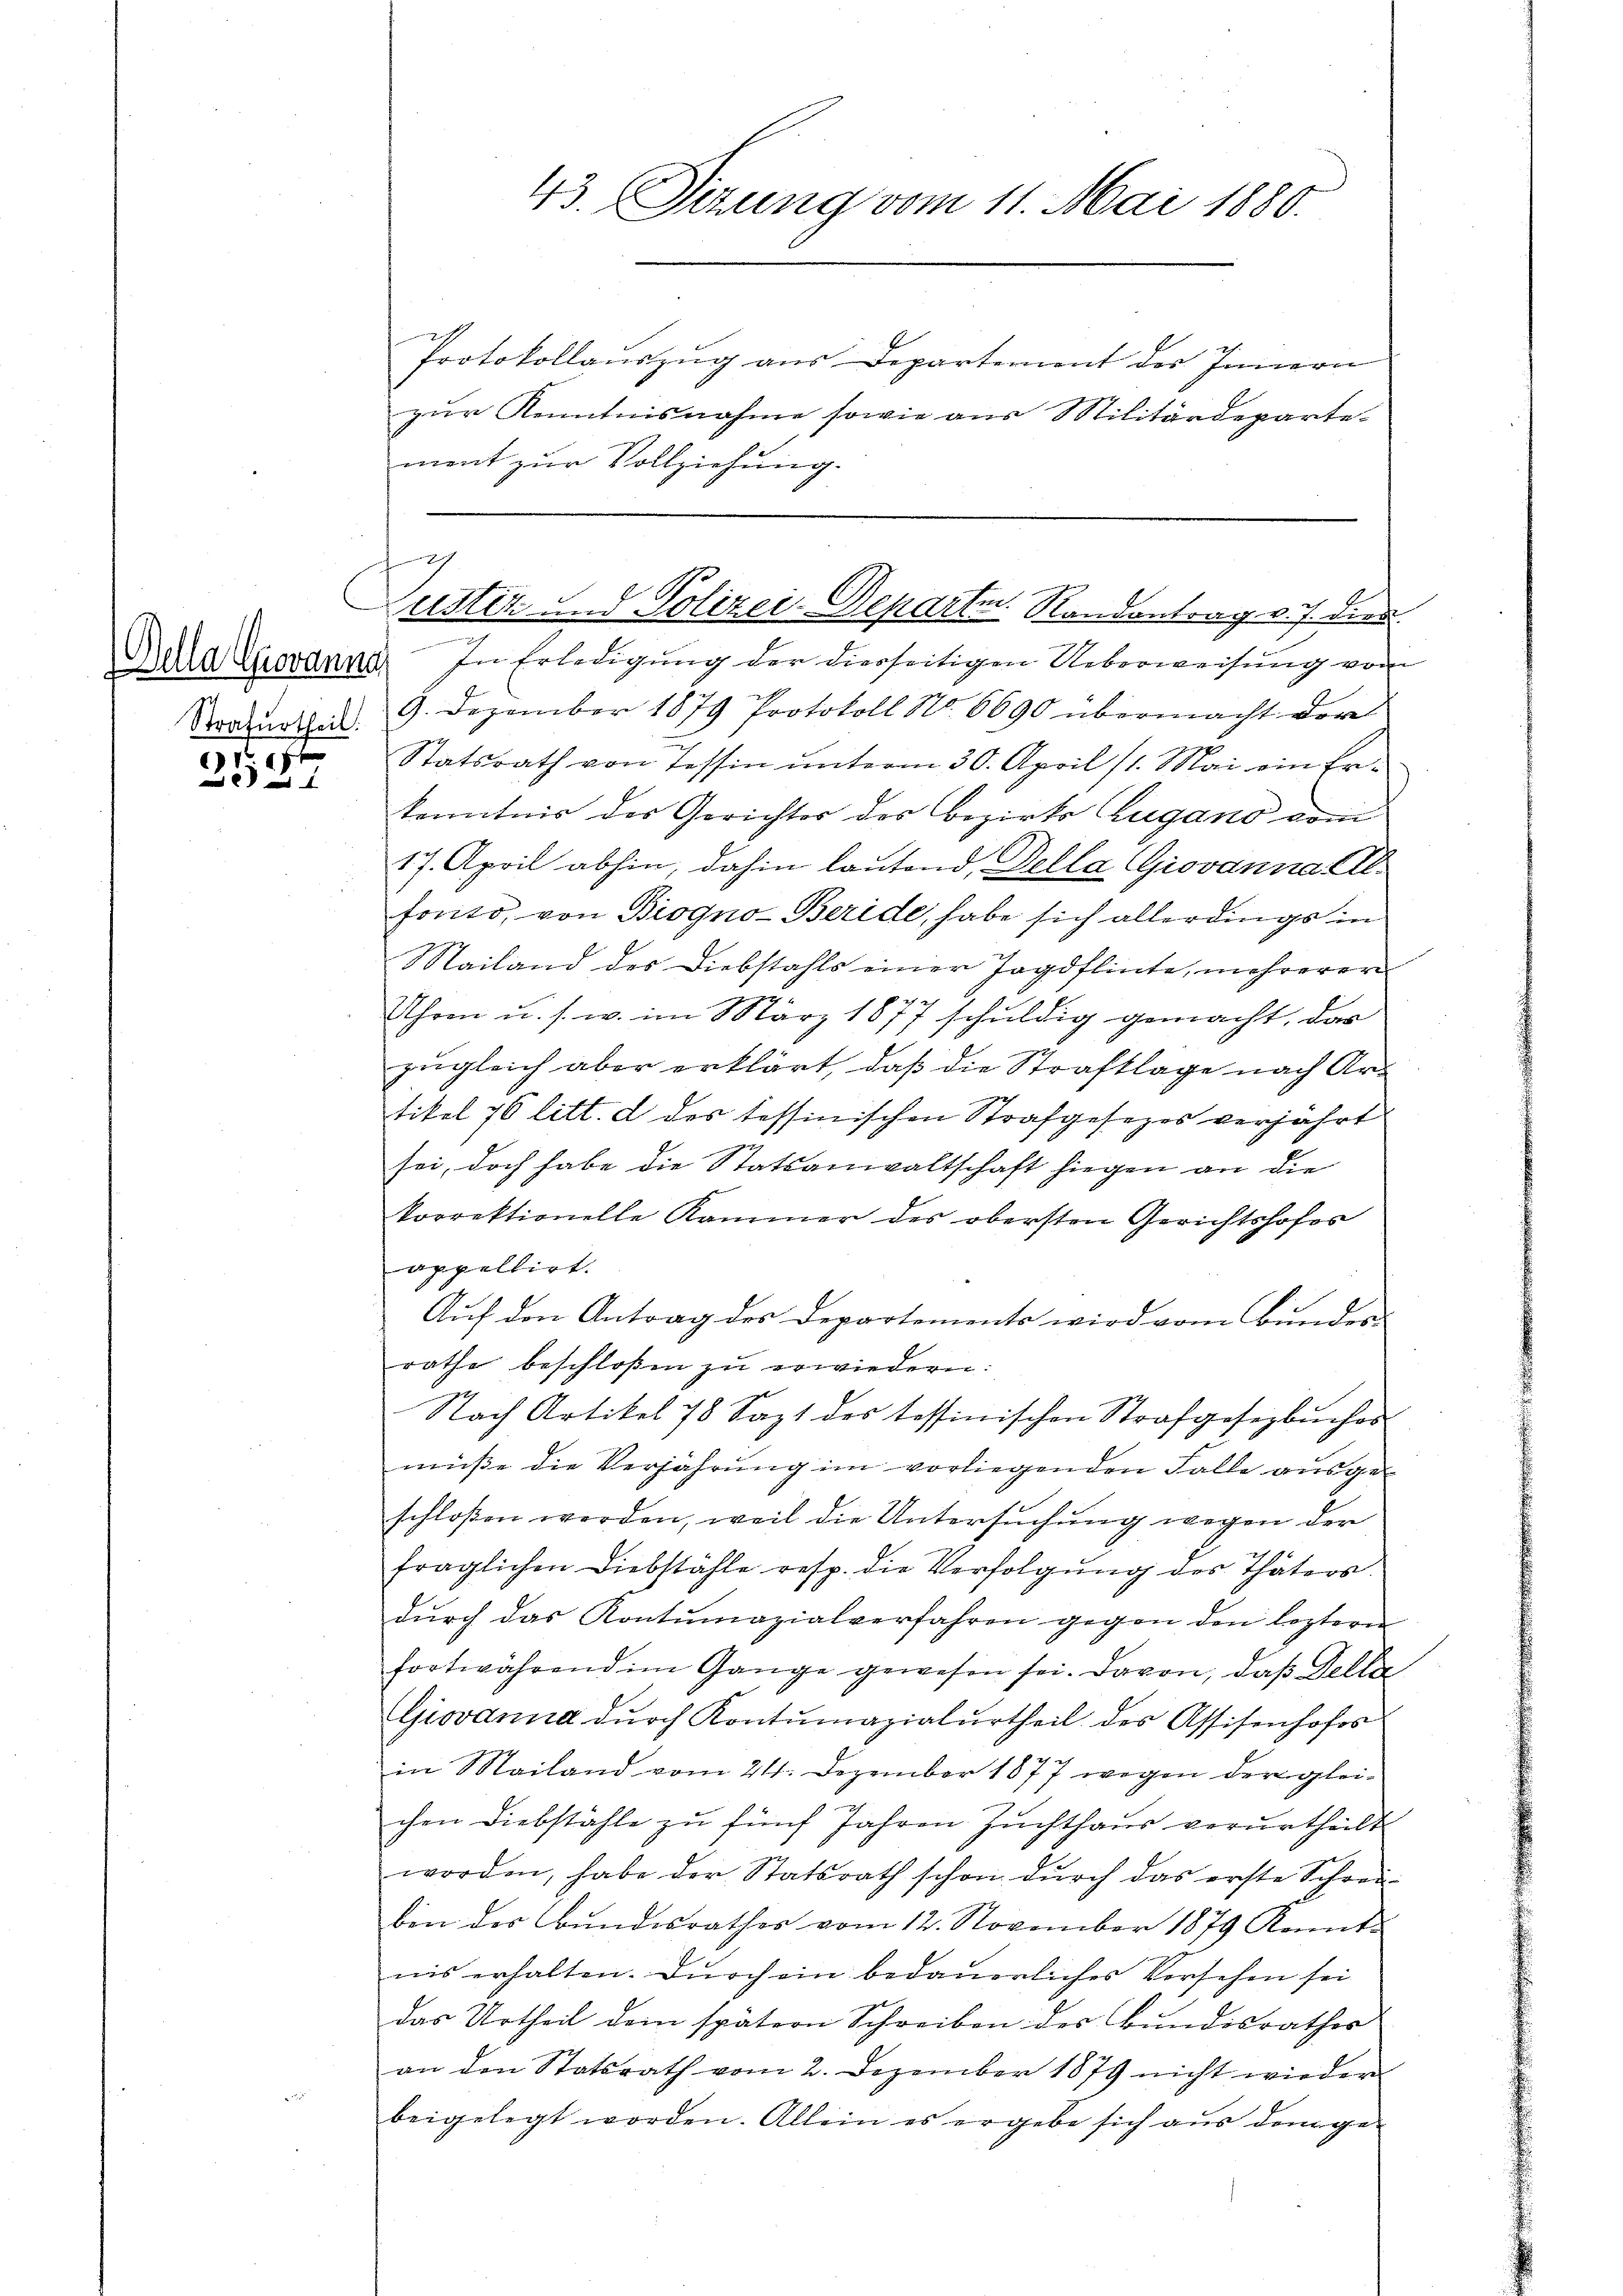
Strafurtheil.
.

61

43. Sizung vom 11. Mai 1880.

Protokollauszug aus Departement des Innern
zur Kenntnisnahme sowie aus Militärdepartement zur Vollziehung.

h
Justiz und Polizei-Departen. Randantrag v. J. dies

Alla lovanna. In Erledigŭng der diesseitigen Ueberweisung vom
9. Dezember 1879 Protokoll No 6690 übermacht der
Statsrath von Tessin ŭnterm 30. April 11. Mai ein Er-
kenntnis des Gerichter des Bezirks Zugano vom
17. April abhin, dahin lautend, Della Giovanna El
forito, von Biogno-Beride, habe sich allerdings in
Mailand des Diebstahls einer Jagdflinte, mehrerer
Uhren u. s. w. im März 1877 schuldig gemacht, das
zugleich aber erklärt, daß die Strafklage nach Ars
tikel 76 litt. a des tessinischen Strafgesezes verjährt
sei, doch habe die Statsanwaltschaft hiegen an die
korrektionelle Kammer des obersten Gerichtshofes
appellirt.
Auf den Antrag des Departements wird vom Bundes-
rathe beschloßen zu erwiedern:
Nach Artikel 78 Sept des tessinischen Strafgesezbuches
müße die Verjährung im vorliegenden Falle ausgeschloßen werden, weil die Untersuchung wegen der
fraglichen Diebstähle resp. die Verfolgŭng des Thäters.
dŭrch das Kontumazialverfahren gegen den leztern
fortwährend im Gange gewesen sei. Davon, daβ della
Giovanna durch Kontumazialurtheil des Assisenhofes
in Mailand vom 24. Dezember 1877 wegen der glei¬
u
chen Diebstähle zu fünf Jahren Zuchthaus verurtheilt
worden, habe der Statsrath schon dŭrch das erste Schrei-
bin des Bundesrathes vom 12. November 1879 Kenntnis erhalten. Durch ein bedauerliches Versehen sei
das Urtheil dem spätern Schreiben des Bundesrathes
an den Statsrath vom 2. Dezember 1879 nicht wieder
beigelegt worden. Allein es ergebe sich aus dem ge-